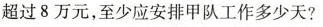
超过 8 万元，至少应安排甲队工作多少天?